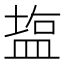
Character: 𥂁